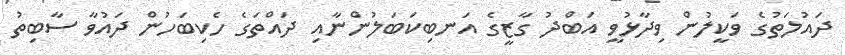
ދައުލަތުގެ ވަކީލުން ވިދާޅުވީ އަބްދު ގާޒީގެ އަނބިކަބަލުންނާއި ދައްތަގެ ހެކިބަހުން ދައުވާ ސާބިތު